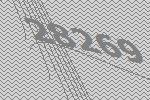
28269